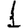
Digit: 1